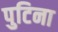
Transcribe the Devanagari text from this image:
पुटिना